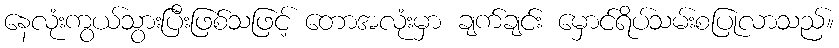
နေလုံးကွယ်သွားပြီးဖြစ်သဖြင့် တောအလုံးမှာ ချက်ချင်း မှောင်ရိပ်သမ်းစပြုလာသည်။